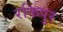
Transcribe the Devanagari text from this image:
रफिपुर